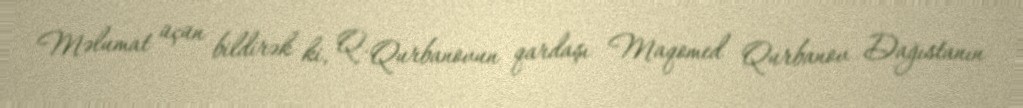
Məlumat üçün bildirək ki, Q. Qurbanovun qardaşı Maqomed Qurbanov Dağıstanın